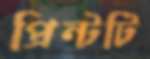
প্রিন্টটি